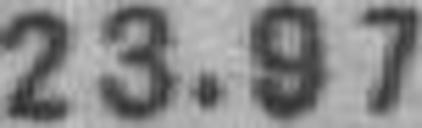
23.97